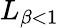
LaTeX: L_{\beta<1}